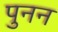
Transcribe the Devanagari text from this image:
पुनन